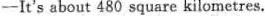
-It's about 480 square kilometres.